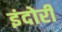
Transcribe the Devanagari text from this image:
इंदोरी